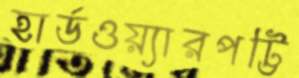
হার্ডওয়্যারপট্টি